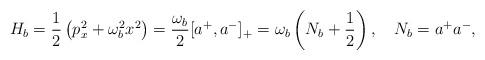
LaTeX: \begin{align*}H_{b} = \frac{1}{2}\left(p^2_{x} + \omega^2_{b}x^2 \right)= \frac{\omega_b}{2} [a^{+}, a^{-}]_{+}= \omega_b \left(N_b + \frac{1}{2}\right), \quad N_b = a^{+} a^{-},\end{align*}